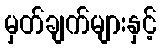
မှတ်ချက်များနှင့်